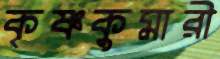
কৃষ্ণকুমারী